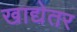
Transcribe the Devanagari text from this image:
खाद्येतर